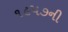
૧૯૫૭ની